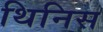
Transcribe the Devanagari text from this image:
थिनिस